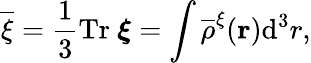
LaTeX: \overline{{\xi}}=\frac{1}{3}\mathrm{Tr}~\boldsymbol{\xi}=\int\overline{{\rho}}^{\xi}({\mathbf r})\mathrm{d}^{3}r,